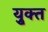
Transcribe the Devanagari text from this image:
यु्क्त